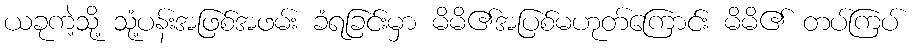
ယခုကဲ့သို့ သုံ့ပန်းအဖြစ်အဖမ်း ခံရခြင်းမှာ မိမိ၏အပြစ်မဟုတ်ကြောင်း မိမိ၏ တပ်ကြပ်